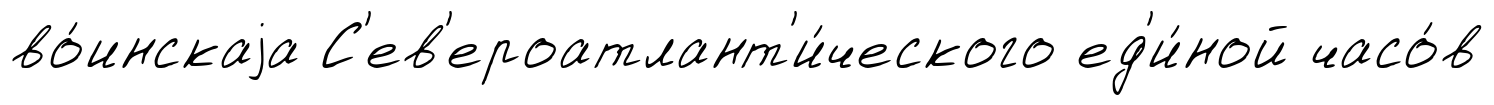
во́инскаjа С'ев'ероатлант'и́ческого ед'и́ной часо́в